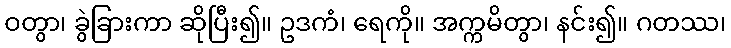
ဝတွာ၊ ခွဲခြားကာ ဆိုပြီး၍။ ဥဒကံ၊ ရေကို။ အက္ကမိတွာ၊ နင်း၍။ ဂတဿ၊